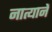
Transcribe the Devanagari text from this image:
नात्यानें